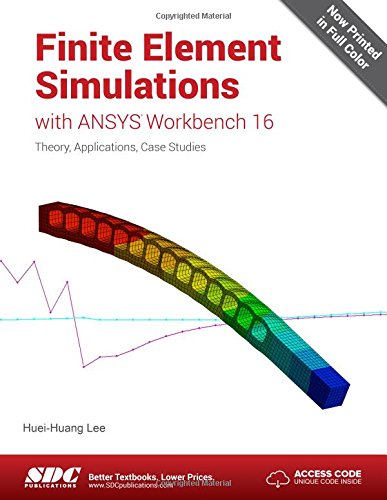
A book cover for Finite Element Simulations with ANSYS Workbench 16; Huei-Huang Lee; Engineering & Transportation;